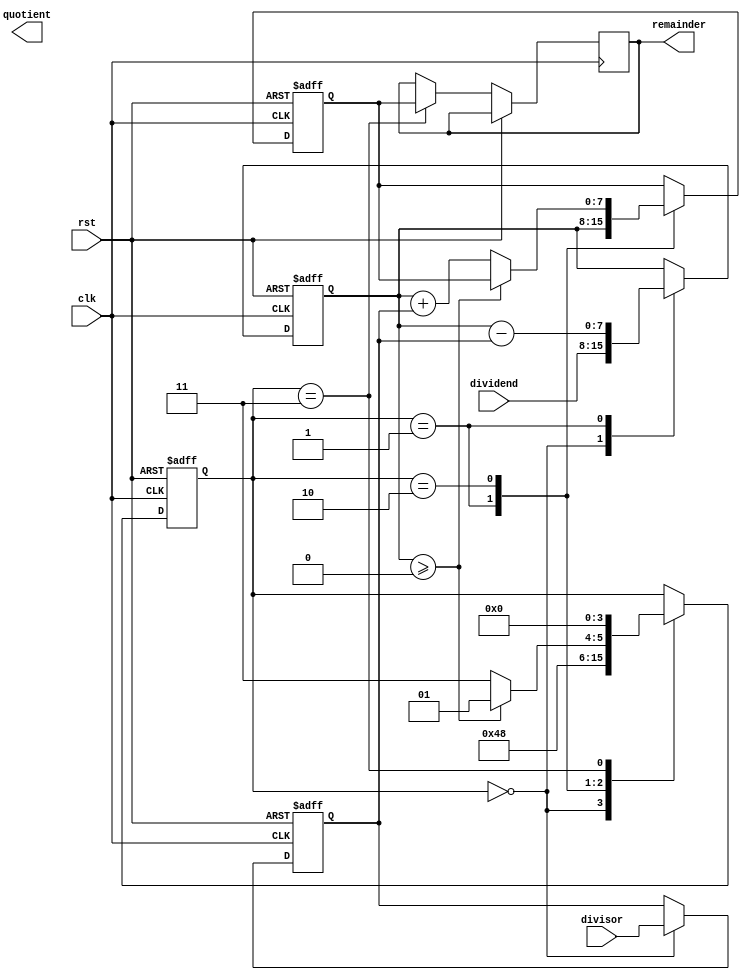
module restoring_divider(
    input wire clk,
    input wire rst,
    input wire [7:0] dividend,
    input wire [7:0] divisor,
    output reg [7:0] quotient,
    output reg [7:0] remainder
);

reg [7:0] dividend_reg;
reg [7:0] divisor_reg;
reg [7:0] remainder_reg;
reg [7:0] quotient_reg;

reg [3:0] state;
parameter [3:0] IDLE = 4'b0000;
parameter [3:0] SUBTRACT = 4'b0001;
parameter [3:0] COMPARE = 4'b0010;
parameter [3:0] DONE = 4'b0011;

always @(posedge clk or posedge rst) begin
    if (rst) begin
        state <= IDLE;
        dividend_reg <= 8'h00;
        divisor_reg <= 8'h00;
        remainder_reg <= 8'h00;
        quotient_reg <= 8'h00;
    end else begin
        case(state)
            IDLE: begin
                dividend_reg <= dividend;
                divisor_reg <= divisor;
                state <= SUBTRACT;
            end
            SUBTRACT: begin
                remainder_reg <= dividend_reg;
                dividend_reg <= dividend_reg - divisor_reg;
                state <= COMPARE;
            end
            COMPARE: begin
                if (dividend_reg >= 8'h00) begin
                    quotient_reg <= quotient_reg + 8'h01;
                    state <= SUBTRACT;
                end else begin
                    remainder_reg <= dividend_reg + divisor_reg;
                    state <= DONE;
                end
            end
            DONE: begin
                quotation <= quotient_reg;
                remainder <= remainder_reg;
                state <= IDLE;
            end
        endcase
    end
end

endmodule